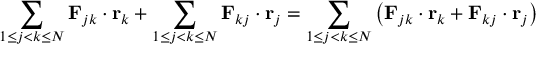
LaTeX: \sum _ { 1 \leq j < k \leq N } \mathbf { F } _ { j k } \cdot \mathbf { r } _ { k } + \sum _ { 1 \leq j < k \leq N } \mathbf { F } _ { k j } \cdot \mathbf { r } _ { j } = \sum _ { 1 \leq j < k \leq N } \left( \mathbf { F } _ { j k } \cdot \mathbf { r } _ { k } + \mathbf { F } _ { k j } \cdot \mathbf { r } _ { j } \right)